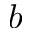
\boldsymbol { b }